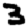
Digit: 3